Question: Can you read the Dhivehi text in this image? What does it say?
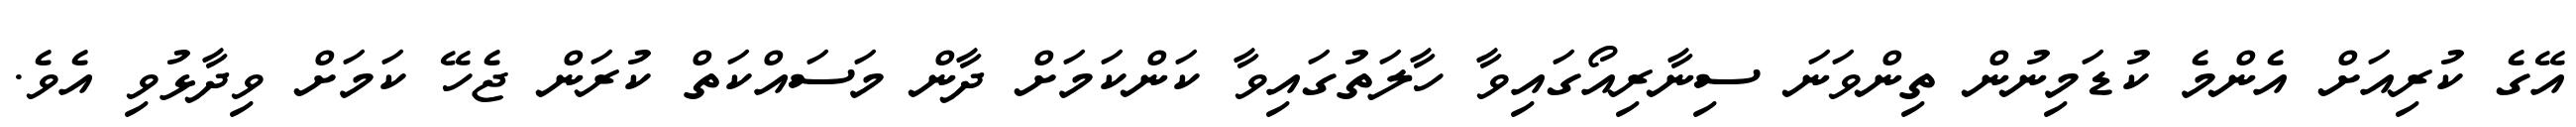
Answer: އޭގެ ކުރިއަށް އެންމެ ކުޑަމިނުން ތިންވަނަ ސިނާރިއޯގައިވާ ހާލަތުގައިވާ ކަންކަމަށް ދާން މަސައްކަތް ކުރަން ޖެހޭ ކަމަށް ވިދާޅުވި އެވެ.